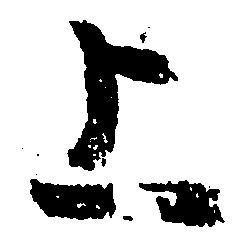
上